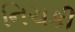
નિચકી